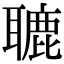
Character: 𦗓